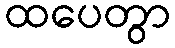
ထပေတွာ